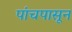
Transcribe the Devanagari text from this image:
पांचपासून